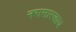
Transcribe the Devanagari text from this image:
नरासारखाच